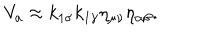
LaTeX: V _ { a } \approx k _ { 1 \sigma } k _ { 1 \gamma } \eta _ { \mu \nu } \eta _ { \alpha \beta } .